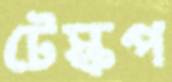
টেস্কপ